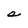
Character: a